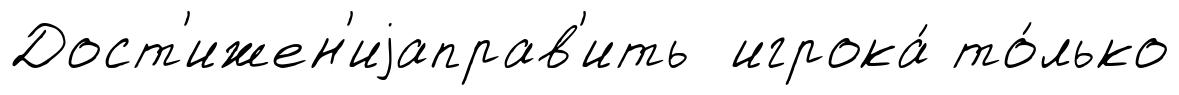
Дост'ижен'иjаправ'ить игрока́ то́лько